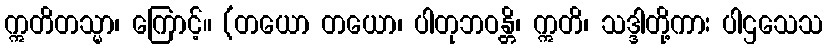
ဣတိတသ္မာ၊ ကြောင့်။ (တယော တယော၊ ပါတုဘဝန္တိ၊ ဣတိ၊ သဒ္ဒါတို့ကား ပါဌသေသ